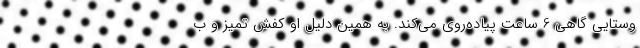
وستایی گاهی 6 ساعت پیاده‌روی می‌کند. به همین دلیل او کفش تمیز و ب